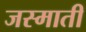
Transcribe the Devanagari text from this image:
जस्माती